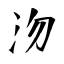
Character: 沕